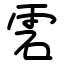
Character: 雼